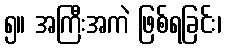
၅။ အကြီးအကဲ ဖြစ်ရခြင်း၊